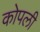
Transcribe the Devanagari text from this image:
कोपली